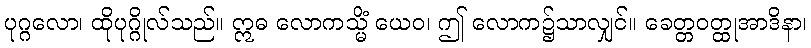
ပုဂ္ဂလော၊ ထိုပုဂ္ဂိုလ်သည်။ ဣဓ လောကသ္မိံ ယေဝ၊ ဤ လောက၌သာလျှင်။ ခေတ္တဝတ္ထုအာဒိနာ၊